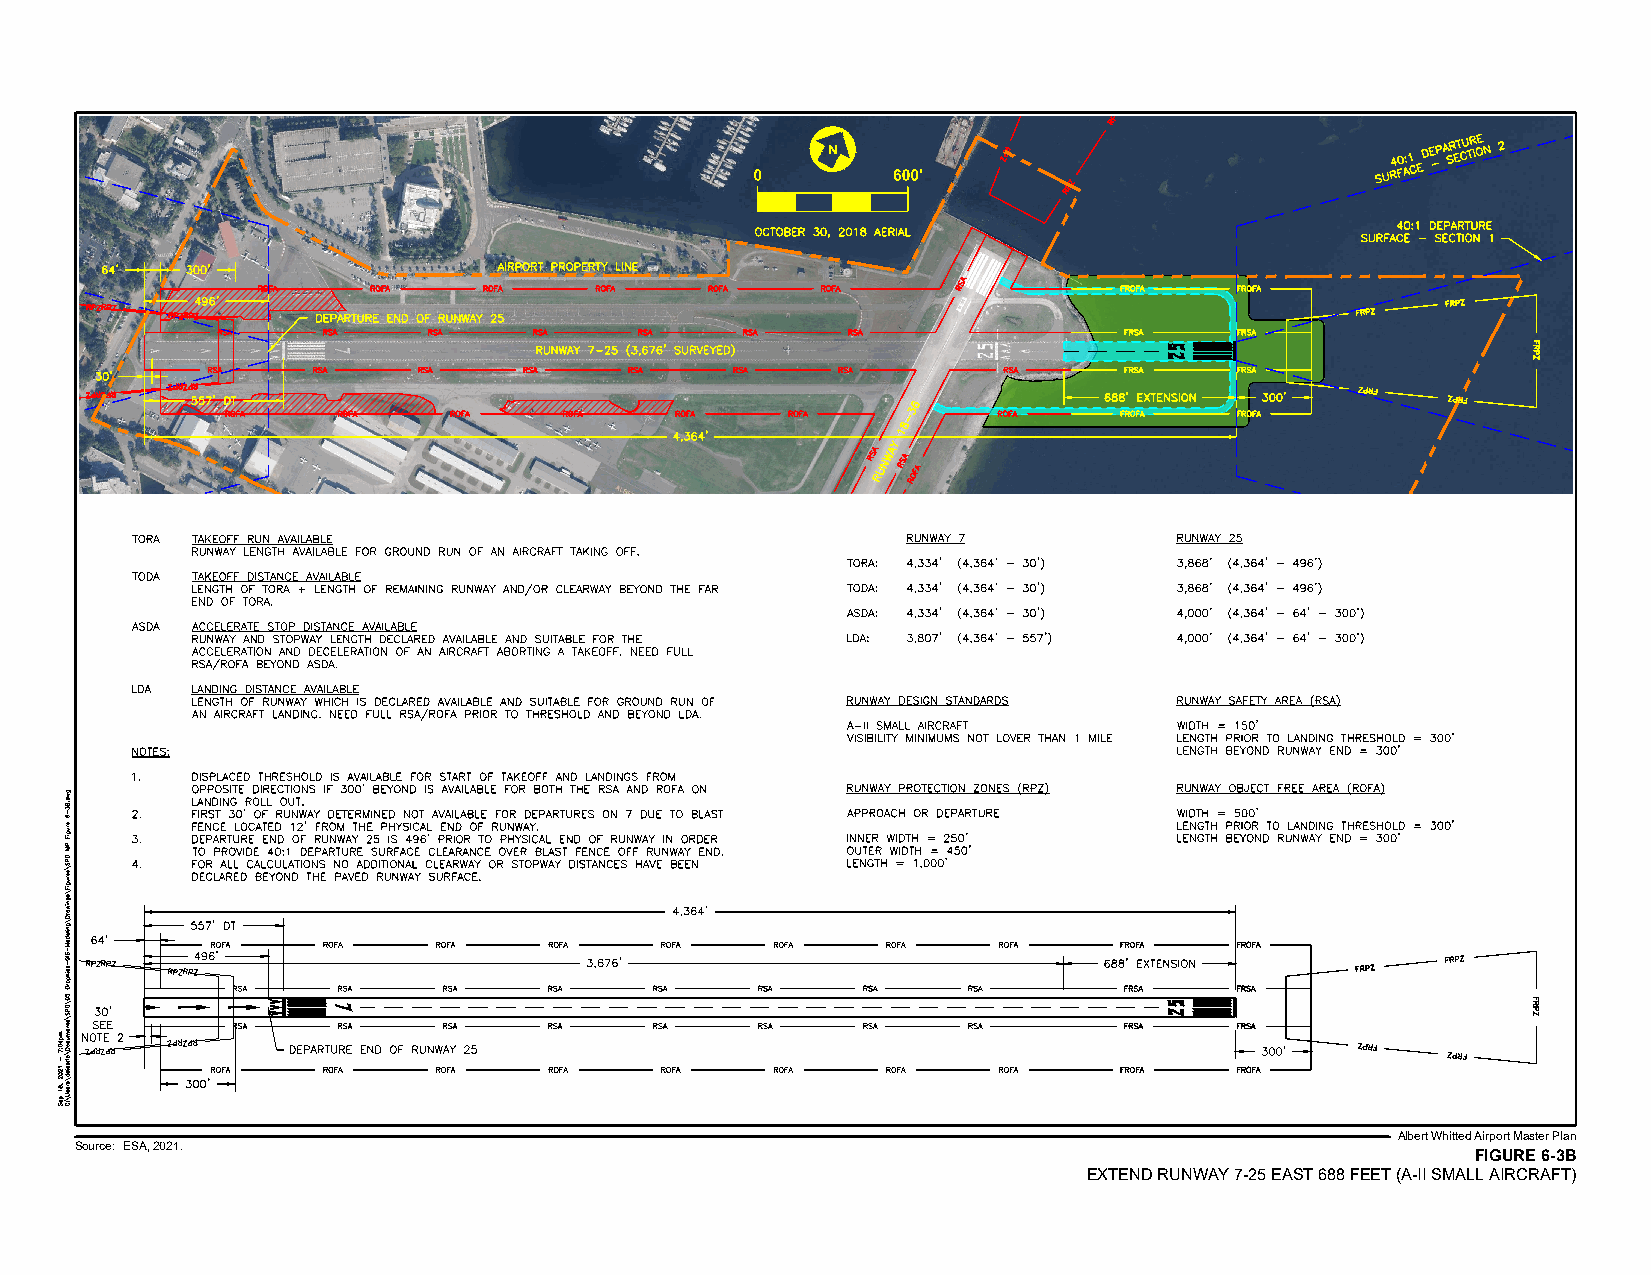
N
 0        600'
 Albert Whitted Airport Master Plan
 Source: ESA, 2021.
 FIGURE 6-3B
 EXTEND RUNWAY 7-25 EAST 688 FEET (A-II SMALL AIRCRAFT)